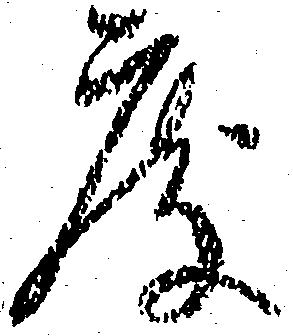
度